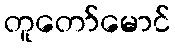
တူတော်မောင်